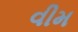
વીમ